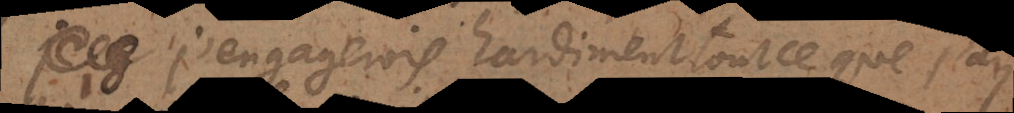
j’engagerois hardiment tout ce que